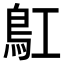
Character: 𩾬